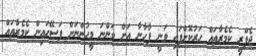
ޖެފްރީ ކެމެރާތައް ހަރުކޮށްފައި ވަނީ ފާހާނާ އަށް ވަންނަ މީހުންނަށް ފަސޭހައިން ކެމެރާތައް